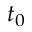
t _ { 0 }